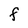
Character: F